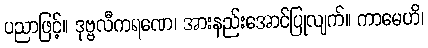
ပညာဖြင့်။ ဒုဗ္ဗလီကရဏေ၊ အားနည်းအောင်ပြုလျက်။ ကာမေဟိ၊